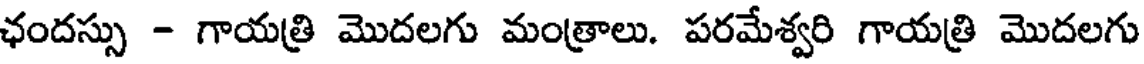
ఛందస్సు - గాయత్రి మొదలగు మంత్రాలు. పరమేశ్వరి గాయత్రి మొదలగు